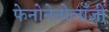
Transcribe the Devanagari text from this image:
फेनोनेनोलाँजी